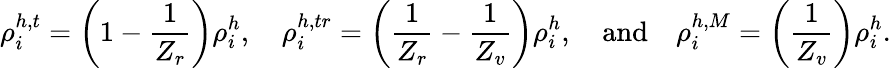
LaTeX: \rho_{i}^{h,t}=\left(1-\frac{1}{Z_{r}}\right)\rho_{i}^{h},\quad\rho_{i}^{h,tr}=\left(\frac{1}{Z_{r}}-\frac{1}{Z_{v}}\right)\rho_{i}^{h},\quad\mathrm{{and}}\quad\rho_{i}^{h,M}=\left(\frac{1}{Z_{v}}\right)\rho_{i}^{h}.